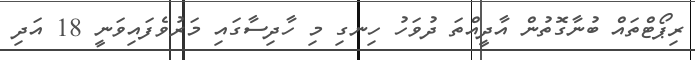
ރިޕޯޓްތައް ބުނާގޮތުން އާދީއްތަ ދުވަހު ހިނގި މި ހާދިސާގައި މަރުވެފައިވަނީ 18 އަދި